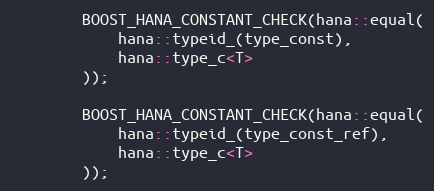
Language: C++
        BOOST_HANA_CONSTANT_CHECK(hana::equal(
            hana::typeid_(type_const),
            hana::type_c<T>
        ));

        BOOST_HANA_CONSTANT_CHECK(hana::equal(
            hana::typeid_(type_const_ref),
            hana::type_c<T>
        ));